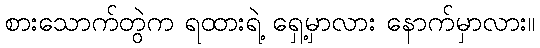
စားသောက်တွဲက ရထားရဲ့ ရှေ့မှာလား နောက်မှာလား။